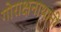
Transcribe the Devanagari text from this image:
गोराक्षनाथानी